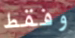
وفقط